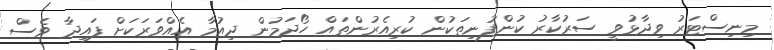
މިނިސްޓަރު ވިދާޅުވީ ސަރުކާރު ކުންފުނިތަކުން ކުރިއެރުންތައް ހޯދަމުން ދިއުމާ އެއްވަރަކަށް ފައިދާ ވެސް